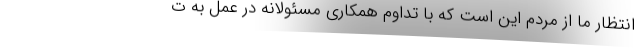
انتظار ما از مردم این است که با تداوم همکاری مسئولانه در عمل به ت